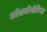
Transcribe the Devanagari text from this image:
कोसमोगोनिया